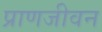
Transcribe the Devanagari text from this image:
प्राणजीवन